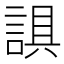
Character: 𰴼